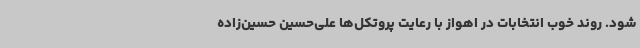
شود. روند خوب انتخابات در اهواز با رعایت پروتکل‌ها علی‌حسین حسین‌زاده